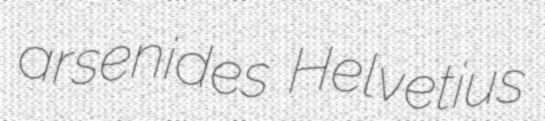
arsenides Helvetius